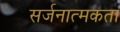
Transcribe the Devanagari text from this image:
सर्जनात्‍मकता